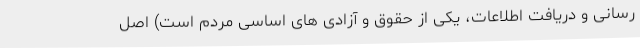
رسانی و دریافت اطلاعات، یکی از حقوق و آزادی های اساسی مردم است) اصل